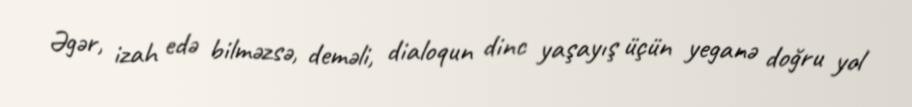
Əgər, izah edə bilməzsə, deməli, dialoqun dinc yaşayış üçün yeganə doğru yol